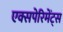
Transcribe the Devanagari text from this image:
एक्सपेरिमेंट्स